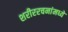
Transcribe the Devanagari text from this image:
शरीररचनांमध्ये